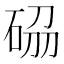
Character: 𥒢